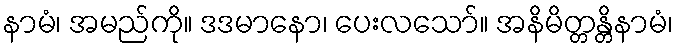
နာမံ၊ အမည်ကို။ ဒဒမာနော၊ ပေးလသော်။ အနိမိတ္တန္တိနာမံ၊